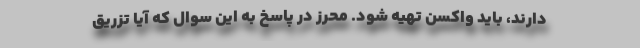
دارند، باید واکسن تهیه شود. محرز در پاسخ به این سوال که آیا تزریق